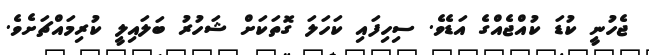
ޖެހުނީ ކުޑަ ކުއްޖެއްގެ އަޑެވެ. ސިހިފައި ކަހަލަ ގޮތަކަށް ޝަހުރު ބަލައިލީ ކުރިމައްޗަށެވެ.